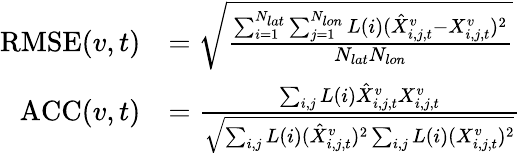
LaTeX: \begin{array}{rl}{\mathrm{RMSE}(v,t)}&{=\sqrt{\frac{\sum_{i=1}^{N_{lat}}\sum_{j=1}^{N_{lon}}L(i)(\hat{X}_{i,j,t}^{v}-X_{i,j,t}^{v})^{2}}{N_{lat}N_{lon}}}}\\ {\mathrm{ACC}(v,t)}&{=\frac{\sum_{i,j}L(i)\hat{X}_{i,j,t}^{v}X_{i,j,t}^{v}}{\sqrt{\sum_{i,j}L(i)(\hat{X}_{i,j,t}^{v})^{2}\sum_{i,j}L(i)(X_{i,j,t}^{v})^{2}}}}\end{array}